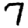
Digit: 7